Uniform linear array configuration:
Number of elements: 8
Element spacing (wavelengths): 1
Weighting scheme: cosine
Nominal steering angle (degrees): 30
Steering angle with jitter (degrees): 31.233
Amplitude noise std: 0.05
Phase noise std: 0.05

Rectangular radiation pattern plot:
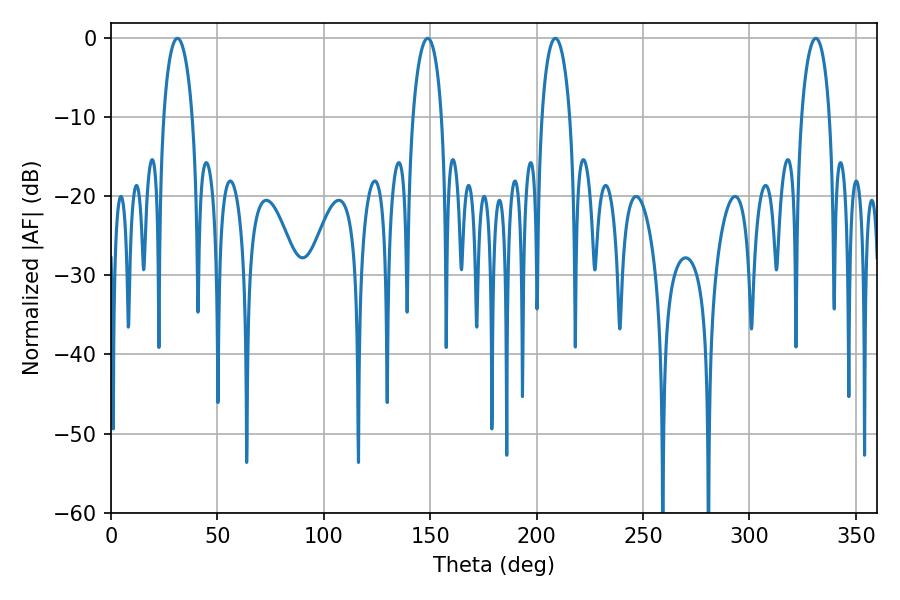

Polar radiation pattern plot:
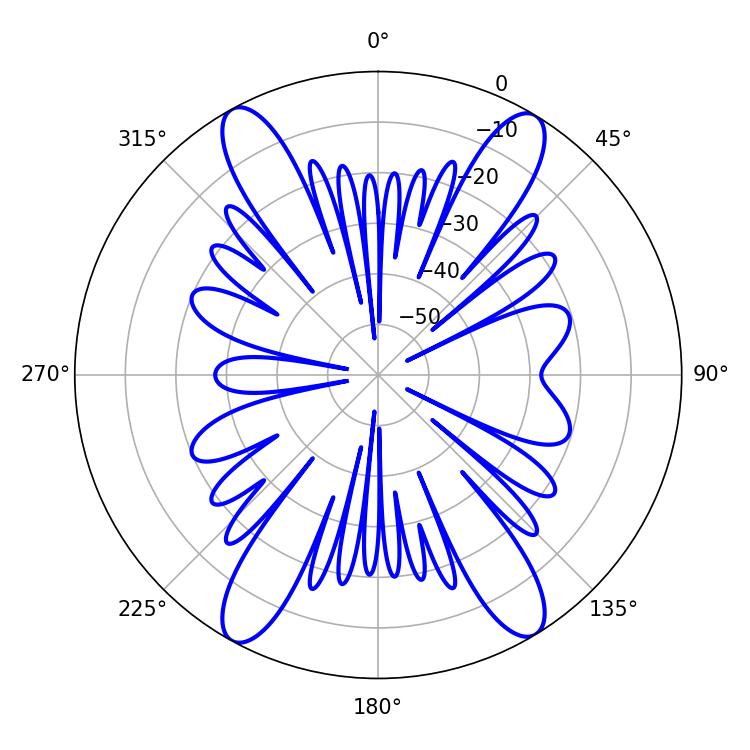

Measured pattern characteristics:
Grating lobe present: TRUE
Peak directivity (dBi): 21.135
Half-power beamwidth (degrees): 7.56
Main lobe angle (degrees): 208.8